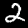
Label: 2